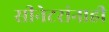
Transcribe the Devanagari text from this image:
सीनेटरांनाही